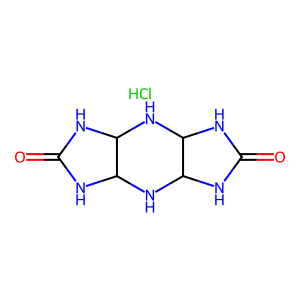
SMILES: Cl.O=C1NC2NC3NC(=O)NC3NC2N1
Inhibits HIV replication: No